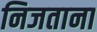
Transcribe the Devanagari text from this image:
निजताना